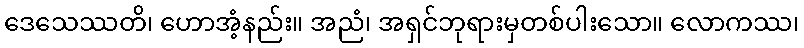
ဒေသေဿတိ၊ ဟောအံ့နည်း။ အညံ၊ အရှင်ဘုရားမှတစ်ပါးသော။ လောကဿ၊